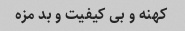
کهنه و بی کیفیت و بد مزه